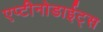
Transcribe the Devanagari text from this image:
एप्टीनोडाईट्स